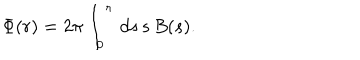
\Phi ( r ) = 2 \pi \int _ { 0 } ^ { r } \, d s \, s \, B ( s ) .